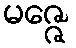
မဇ္ဇေ